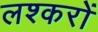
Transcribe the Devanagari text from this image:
लश्करों